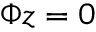
\Phi z = 0